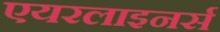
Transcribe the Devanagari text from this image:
एयरलाइनर्स